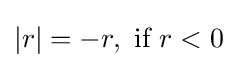
\left|r\right|=-r,{\text{ if }}r<0